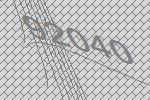
92040